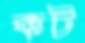
কট